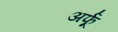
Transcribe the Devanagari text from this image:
अर्फू